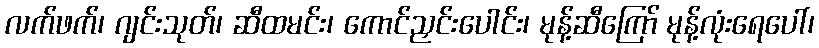
လက်ဖက်၊ ဂျင်းသုတ်၊ ဆီထမင်း၊ ကောင်ညှင်းပေါင်း၊ မုန့်ဆီကြော် မုန့်လုံးရေပေါ်၊